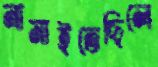
নামাইতেছিলে